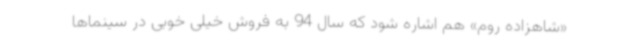
«شاهزاده روم» هم اشاره شود که سال 94 به فروش خیلی خوبی در سینماها